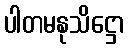
ပါတမနုသိဋ္ဌော